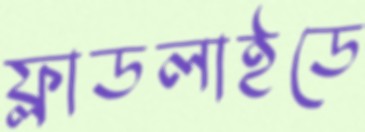
ফ্লাডলাইডে